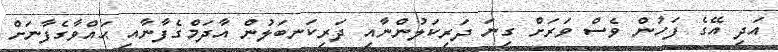
އަދި އޭގެ ފަހުން ވެސް ވަރަށް ގިނަ ދަރިކަލުންނާއި ދަރިކަނބަލުން އާދަމްގެފާނާއި ޙައްވާގެފާނަށް